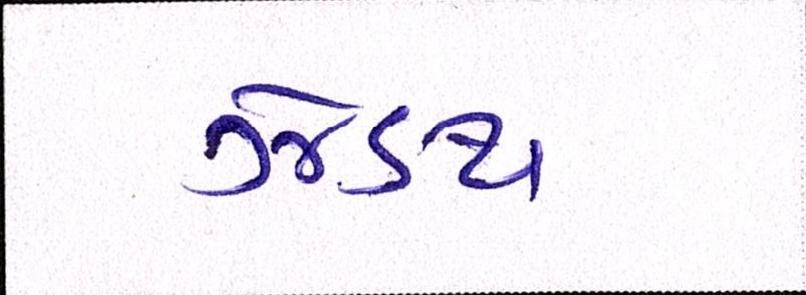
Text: ઝેંઽથ